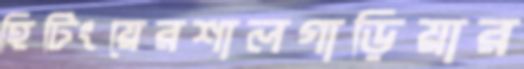
হিটিংয়েরশালগাড়িয়ার